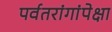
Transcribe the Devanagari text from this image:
पर्वतरांगांपेक्षा